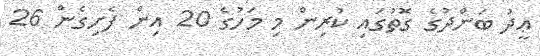
ޢީދު ބަންދުގެ ގޮތުގައި ކުރިން މި މަހުގެ 20 އިން ފެށިގެން 26